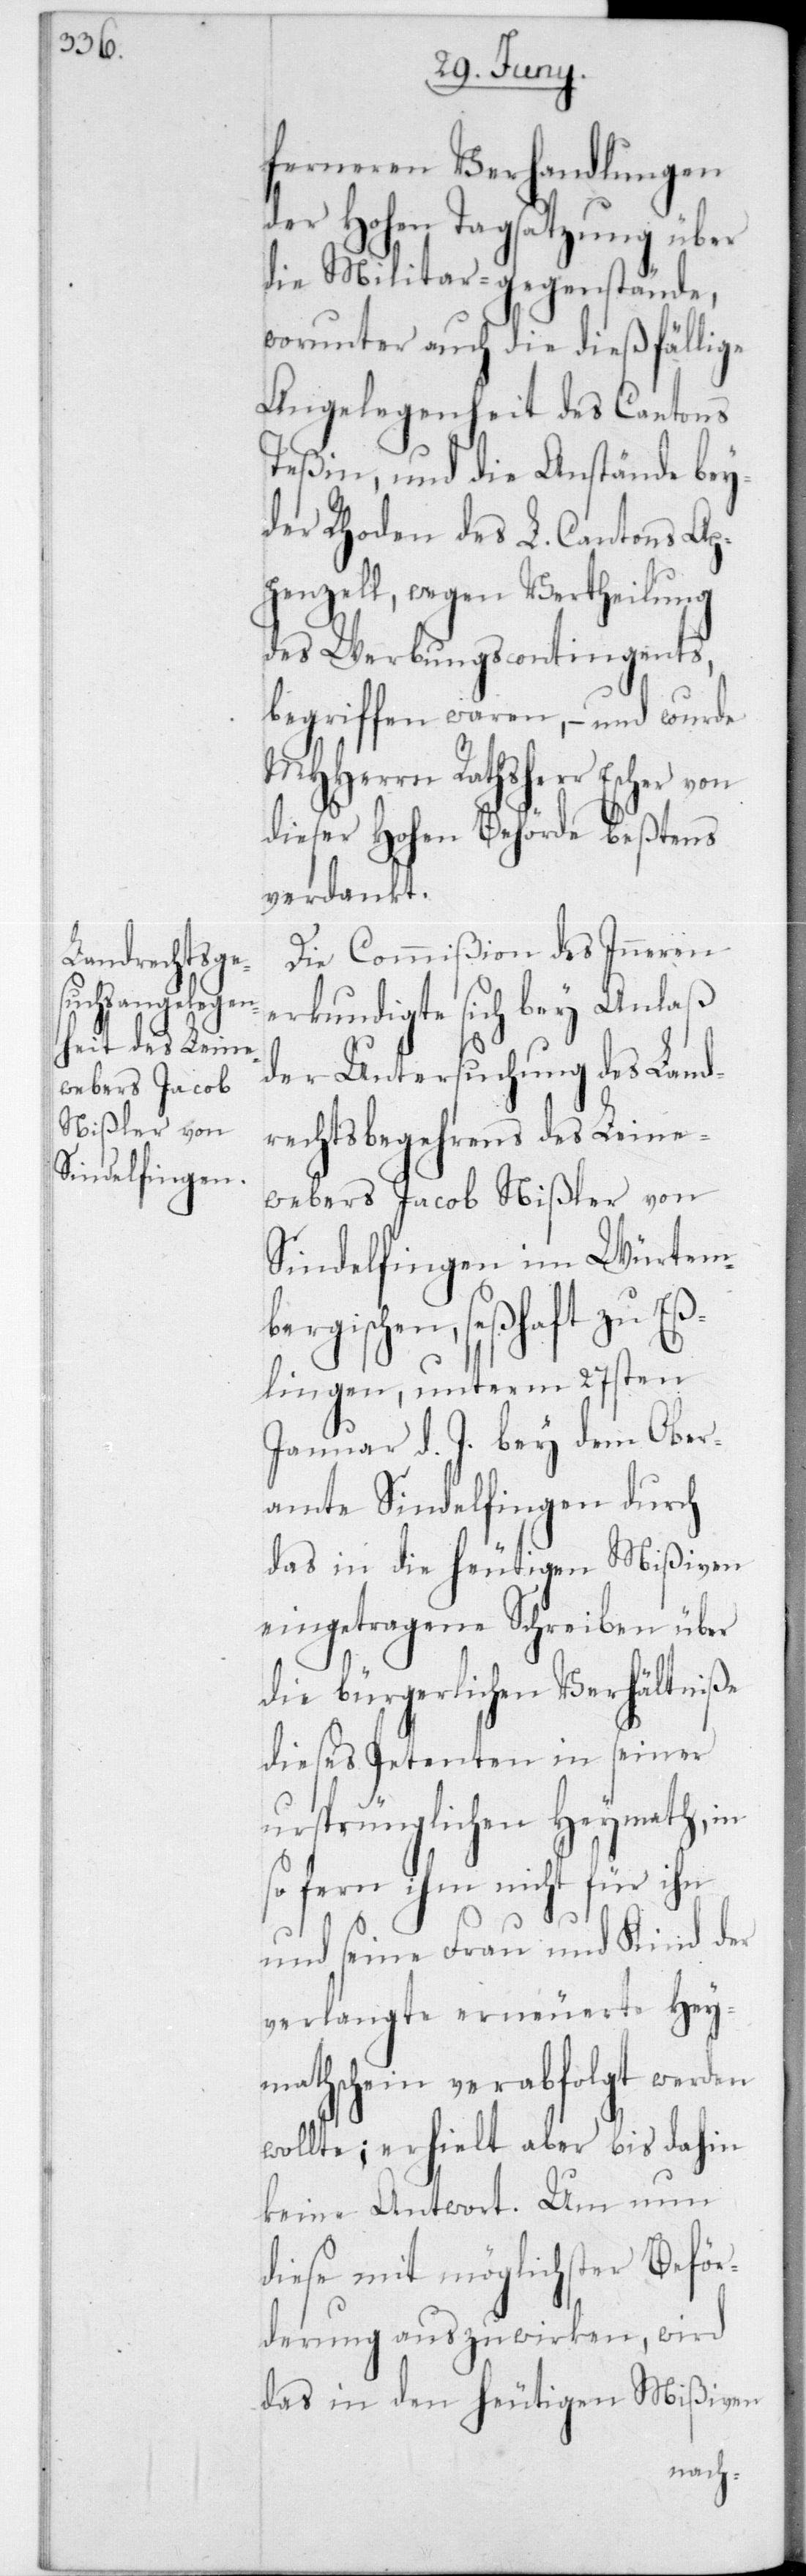
ferneren Verhandlungen
der Hohen Tagsatzung über
die Militar-gegenstände,
worunter auch die dießfällige
Angelegenheit des Cantons
Teßin; und die Anstände bey¬
der Rhoden des L. Cantons Ap¬
penzell; wegen Vertheilung
des Werbungscontingent,
begriffen waren, – und wurde
MHHerr Rathsherr Escher von
dieser Hohen Behörde beßtens
verdankt.
Die Commißion des Inneren
erkundigte sich bey Anlaß
der Untersuchung des Land¬
rechtsbegehrens des Leine¬
webers Jacob Nißler von
Sindelfingen im Würtem¬
bergischen, seßhaft zu Eß¬
lingen, unterm 27sten
Januar d. J. bey dem Ober¬
amte Sindelfingen durch
das in die heutigen Mißiven
eingetragene Schreiben über
die bürgerlichen Verhältniße
dieses Petenten in seiner
ursprünglichen Heymath, in
so fern ihm nicht für ihn
und seine Frau und Kind der
verlangte erneuerete Hey¬
mathschein verabfolgt werden
wollte; erhielt aber bis dahin
keine Antwort. Um nun
diese mit möglichster Beför¬
derung auszuwirken, wird
das in den heutigen Mißiven